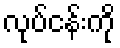
လုပ်ငန်းကို